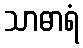
သာဓာရံ